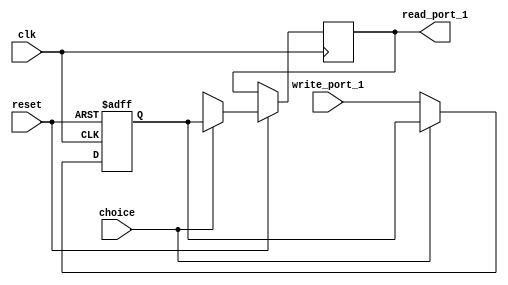
module registerQ1(
   input [15:0] write_port_1,
	input clk,
	input choice,
	input reset,
	output reg [15:0] read_port_1
);

reg [15:0] sixteenBitRegister;

always @(posedge clk or negedge reset)
begin

if(reset==1'b0)
   begin
	
	sixteenBitRegister <= 16'b0;
	
	end
	
else
	begin
	
		if(choice == 0)
		begin
			sixteenBitRegister <= write_port_1;
			read_port_1 <= 16'bx;
		end
		
		else if(choice == 1)
			read_port_1 <= sixteenBitRegister;
	
	end

end
endmodule